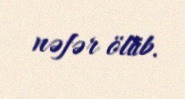
nəfər ölüb.